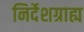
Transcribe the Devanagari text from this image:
निर्देशग्राह्य